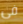
فى